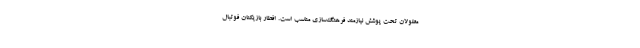
معلولان تحت پوشش نیازمند فرهنگ‌سازی مناسب است. افطار بازیکنان فوتبال